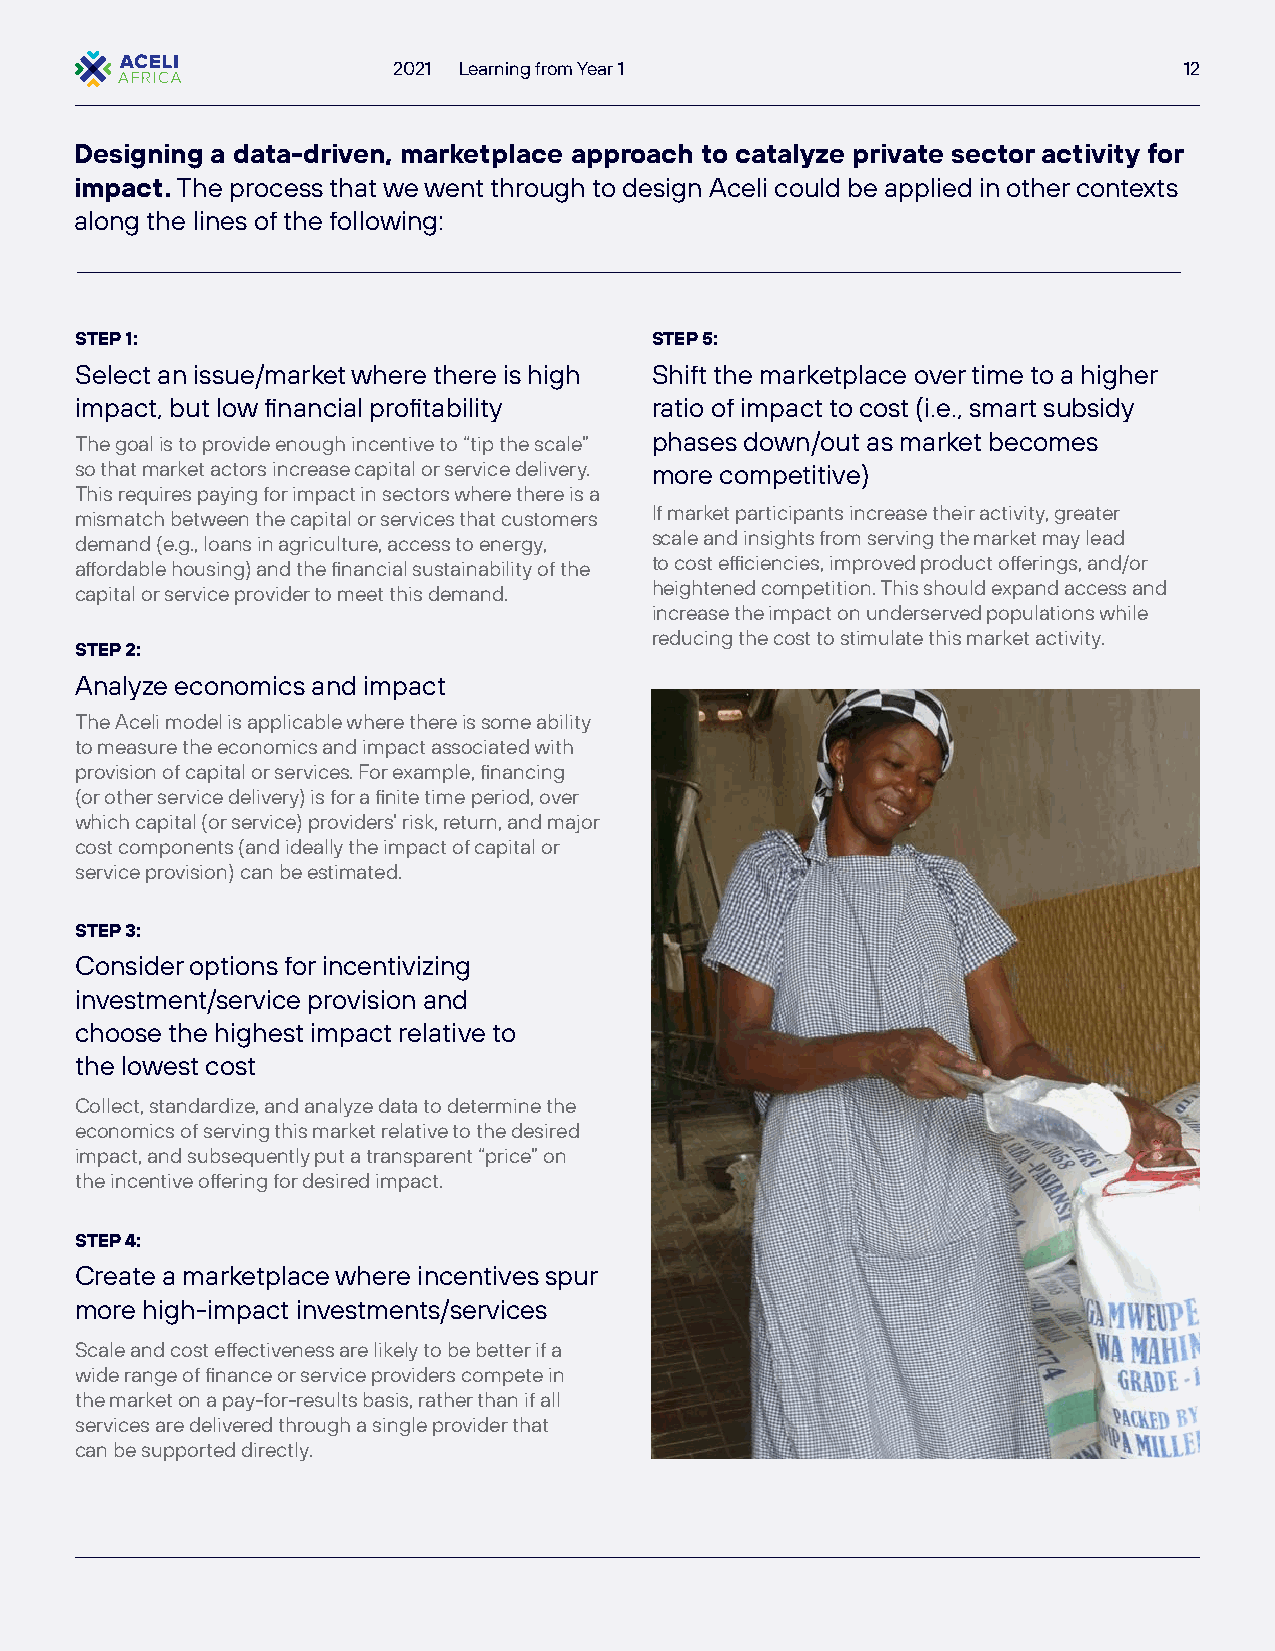
2021 Learning from Year 1                           12
 Designing a data-driven, marketplace approach to catalyze private sector activity for
 impact. The process that we went through to design Aceli could be applied in other contexts
 along the lines of the following:
 STEP 1:                               STEP 5:
 Select an issue/market where there is high Shift the marketplace over time to a higher
 impact, but low financial profitability ratio of impact to cost (i.e., smart subsidy
 The goal is to provide enough incentive to “tip the scale” phases down/out as market becomes
 so that market actors increase capital or service delivery. more competitive)
 This requires paying for impact in sectors where there is a
 If market participants increase their activity, greater
 mismatch between the capital or services that customers
 scale and insights from serving the market may lead
 demand (e.g., loans in agriculture, access to energy,
 to cost efficiencies, improved product offerings, and/or
 affordable housing) and the financial sustainability of the
 heightened competition. This should expand access and
 capital or service provider to meet this demand.
 increase the impact on underserved populations while
 reducing the cost to stimulate this market activity.
 STEP 2:
 Analyze economics and impact
 The Aceli model is applicable where there is some ability
 to measure the economics and impact associated with
 provision of capital or services. For example, financing
 (or other service delivery) is for a finite time period, over
 which capital (or service) providers’ risk, return, and major
 cost components (and ideally the impact of capital or
 service provision) can be estimated.
 STEP 3:
 Consider options for incentivizing
 investment/service provision and
 choose the highest impact relative to
 the lowest cost
 Collect, standardize, and analyze data to determine the
 economics of serving this market relative to the desired
 impact, and subsequently put a transparent “price” on
 the incentive offering for desired impact.
 STEP 4:
 Create a marketplace where incentives spur
 more high-impact investments/services
 Scale and cost effectiveness are likely to be better if a
 wide range of finance or service providers compete in
 the market on a pay-for-results basis, rather than if all
 services are delivered through a single provider that
 can be supported directly.